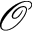
\mathcal { O }